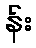
န်း